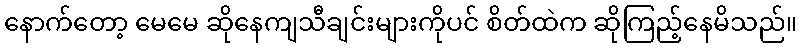
နောက်တော့ မေမေ ဆိုနေကျသီချင်းများကိုပင် စိတ်ထဲက ဆိုကြည့်နေမိသည်။